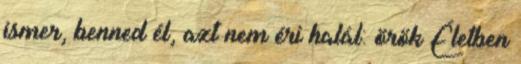
ismer, benned él, azt nem éri halál: örök Életben